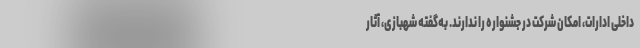
داخلی ادارات، امکان شرکت در جشنواره را ندارند. به‌گفته شهبازی، آثار